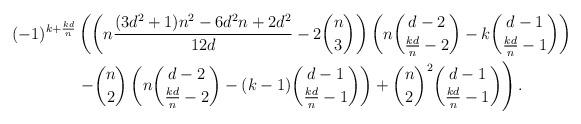
LaTeX: \begin{align*}(-1)^{k+\frac{kd}{n}}&\left( \left(n \frac{(3d^2+1)n^2-6d^2n+2d^2}{12d}-2\binom{n}{3} \right) \left(n\binom{d-2}{\frac{kd}{n}-2} -k\binom{d-1}{\frac{kd}{n}-1}\right) \right.\\&\left. -\binom{n}{2} \left(n\binom{d-2}{\frac{kd}{n}-2} -(k-1)\binom{d-1}{\frac{kd}{n}-1}\right) +\binom{n}{2}^2 \binom{d-1}{\frac{kd}{n}-1}\right). \end{align*}